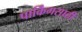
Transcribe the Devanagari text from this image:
पार्किंगसाठी